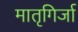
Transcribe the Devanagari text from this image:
मातृगिर्जा